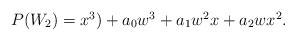
\begin{align*}\begin {array}{lcr}P(W_2)= x^3)+ a_0w^3+a_1w^2x+a_2wx^2. \end{array}\end{align*}